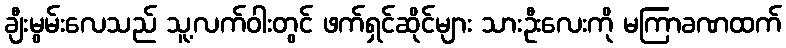
ချီးမွမ်းလေသည် သူ့လက်ဝါးတွင် ဖက်ရှင်ဆိုင်များ သားဦးလေးကို မကြာခဏထက်